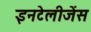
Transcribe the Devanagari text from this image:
इनटेलीजेंस